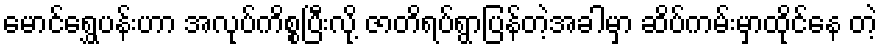
မောင်ရွှေပန်းဟာ အလုပ်ကိစ္စပြီးလို့ ဇာတိရပ်ရွာပြန်တဲ့အခါမှာ ဆိပ်ကမ်းမှာထိုင်နေ တဲ့